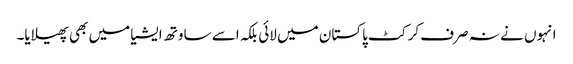
انہوں نے نہ صرف کرکٹ پاکستان میں لائی بلکہ اسے ساوتھ ایشیا میں بھی پھیلایا۔